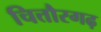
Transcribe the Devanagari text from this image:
चित्तौरगढ़